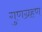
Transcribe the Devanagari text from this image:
गुणग्रहण